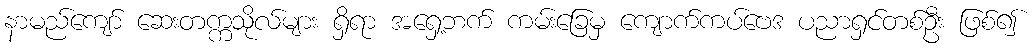
နာမည်ကျော် ဆေးတက္ကသိုလ်များ ရှိရာ အရှေ့ဘက် ကမ်းခြေမှ ကျောက်ကပ်ဗေဒ ပညာရှင်တစ်ဦး ဖြစ်၍